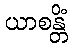
ယာစန္တိံ